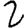
Digit: 2